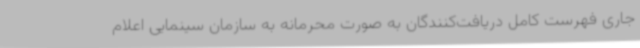
جاری فهرست کامل دریافت‌کنندگان به صورت محرمانه به سازمان سینمایی اعلام